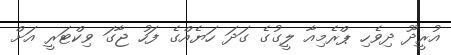
އުރީދޫ ދިވެހި ޕްރެމިއާ ލީގުގެ ގަދަ ހަޔެއްގެ ފަހު ޖާގަ ވިކްޓަރީ އަށް